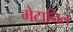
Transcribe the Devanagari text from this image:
मेटानिल